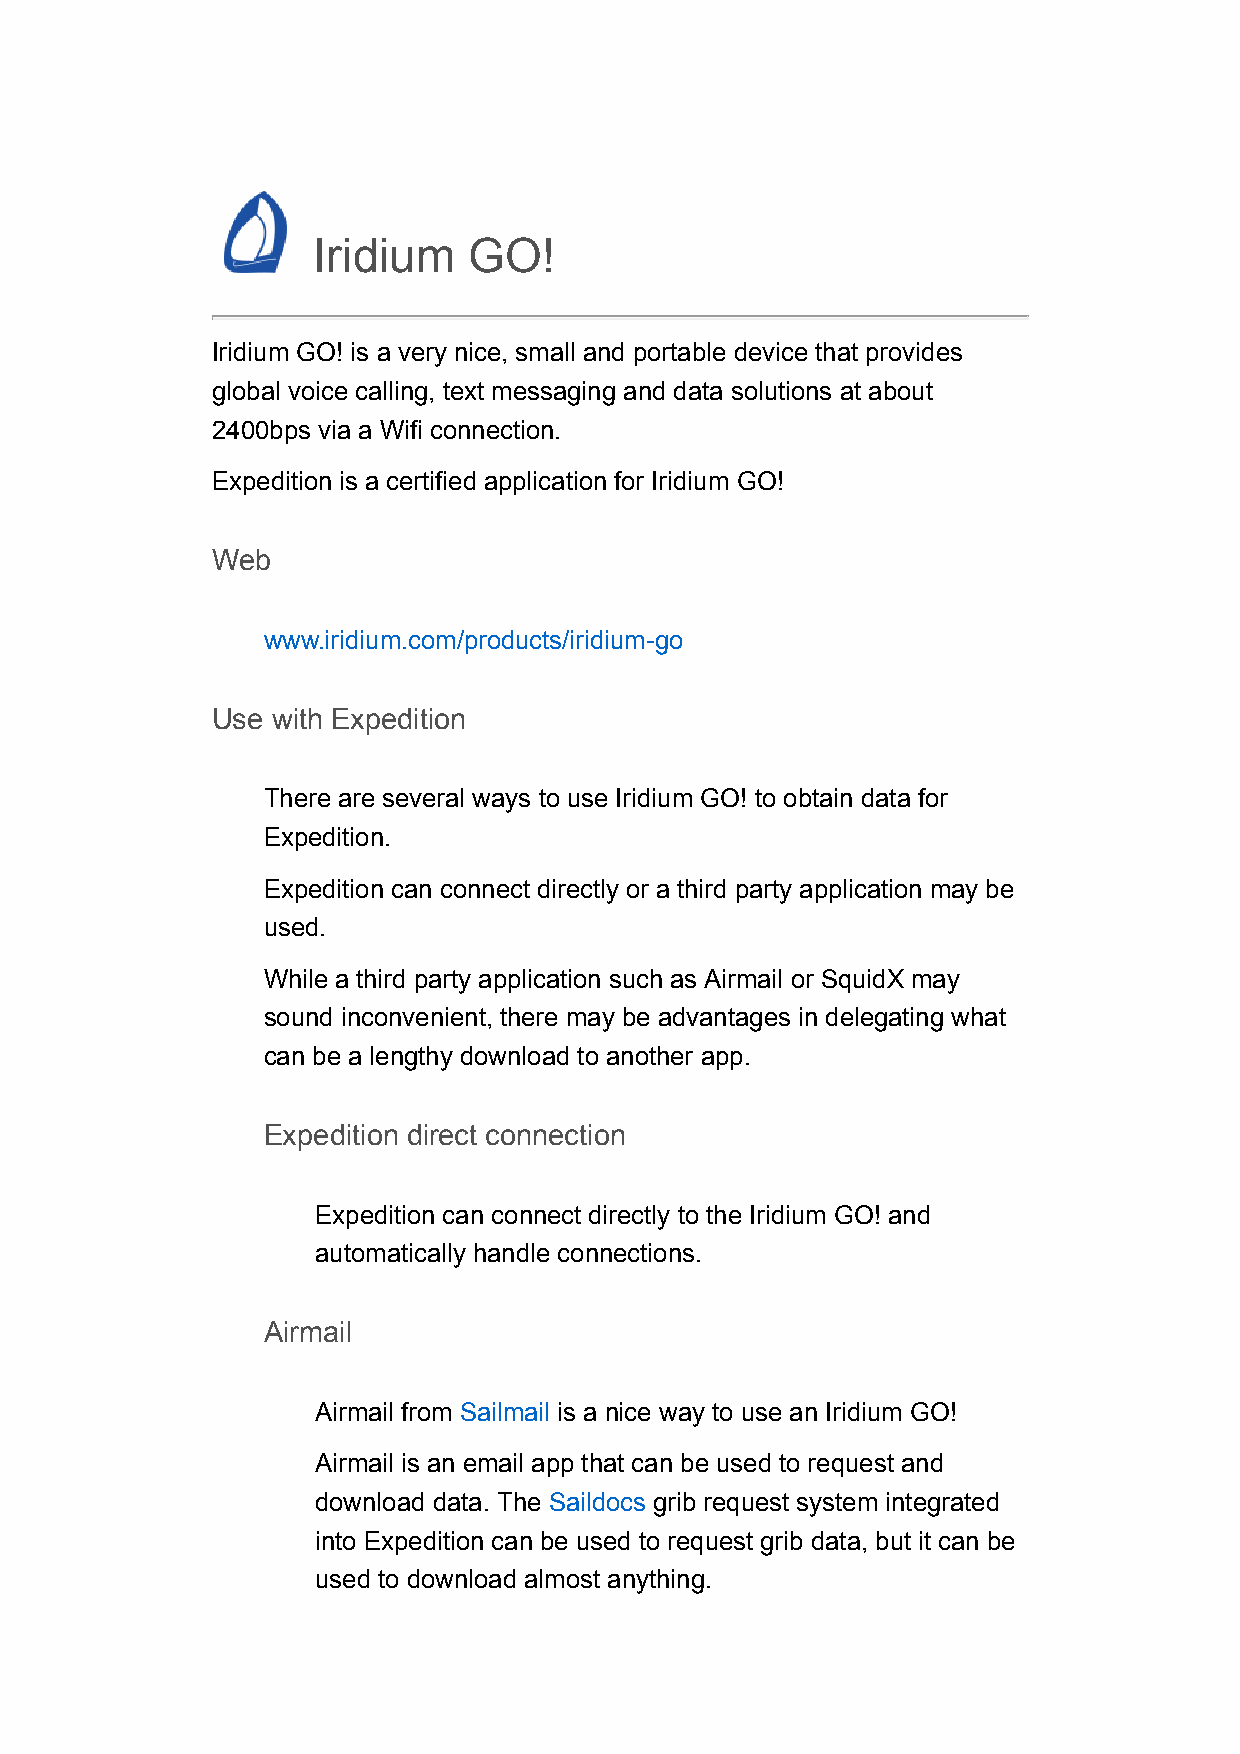
Iridium   GO!
 Iridium GO! is a very nice, small and portable device that provides
 global voice calling, text messaging and data solutions at about
 2400bps via a Wifi connection.
 Expedition is a certified application for Iridium GO!
 Web
 www.iridium.com/products/iridium-go
 Use with Expedition
 There are several ways to use Iridium GO! to obtain data for
 Expedition.
 Expedition can connect directly or a third party application may be
 used.
 While a third party application such as Airmail or SquidX may
 sound inconvenient, there may be advantages in delegating what
 can be a lengthy download to another app.
 Expedition direct connection
 Expedition can connect directly to the Iridium GO! and
 automatically handle connections.
 Airmail
 Airmail from Sailmail is a nice way to use an Iridium GO!
 Airmail is an email app that can be used to request and
 download data. The Saildocs grib request system integrated
 into Expedition can be used to request grib data, but it can be
 used to download almost anything.